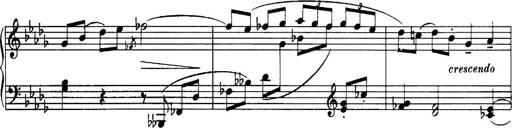
Title: 3 Sonatinas, Op.67
Composer: Jean Sibelius